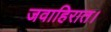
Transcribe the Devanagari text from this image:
जवाहिरात।